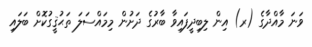
ވަނަ މާއްދާގެ (ރ) އިން ލިބިދީފައިވާ ބާރުގެ ދަށުން މިމައްސަލަ ތަޙުޤީގުކޮށް ބަލައި